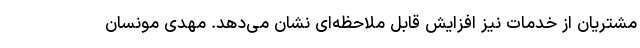
مشتریان از خدمات نیز افزایش قابل ملاحظه‌ای نشان می‌دهد. مهدی مونسان